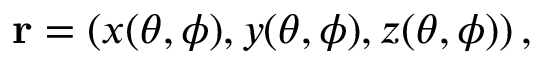
\mathbf { r } = ( x ( \theta , \phi ) , y ( \theta , \phi ) , z ( \theta , \phi ) ) \, ,